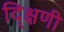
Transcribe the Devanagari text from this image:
द्क्षिणी